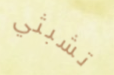
تشبثي